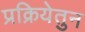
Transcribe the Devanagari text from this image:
प्रक्रियेतुन